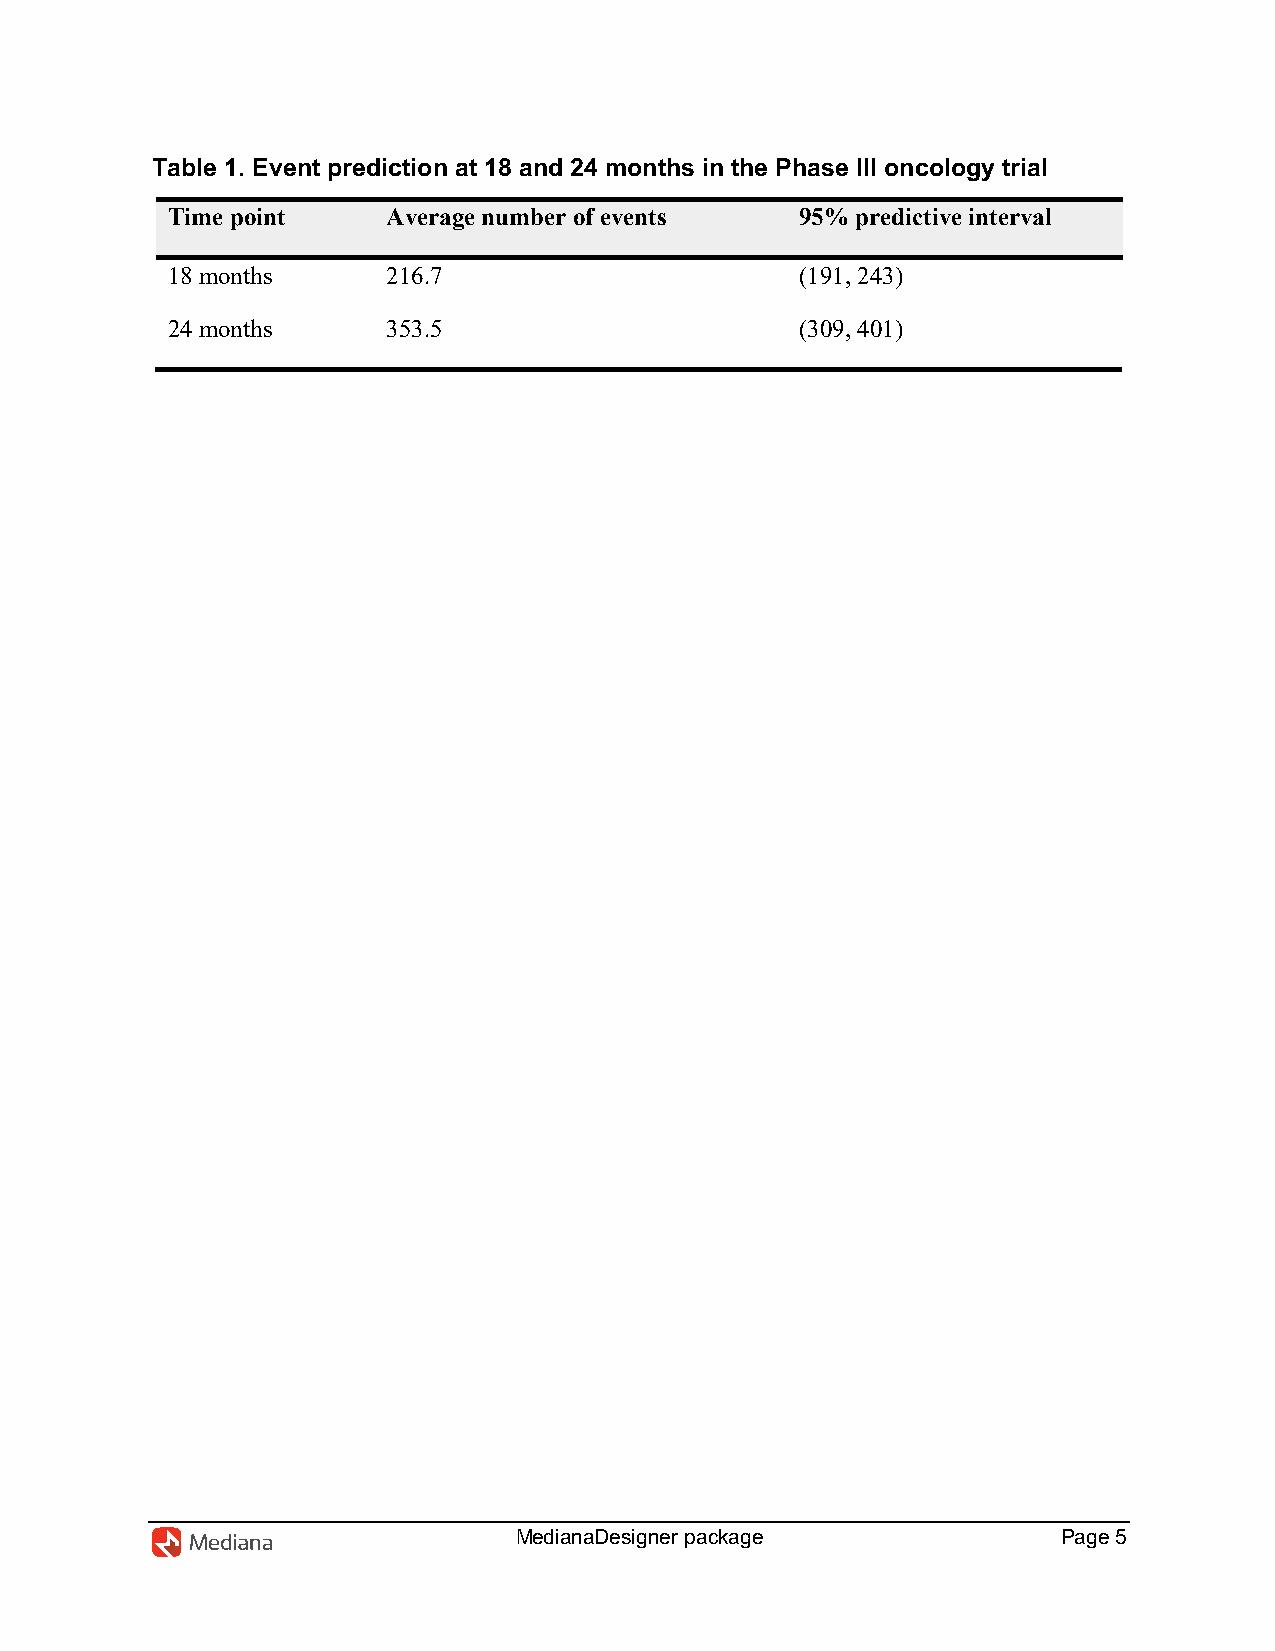
Table 1. Event prediction at 18 and 24 months in the Phase III oncology trial
 Time point     Average number of events   95% predictive interval
 18 months      216.7                      (191, 243)
 24 months      353.5                      (309, 401)
 MedianaDesigner package             Page 5